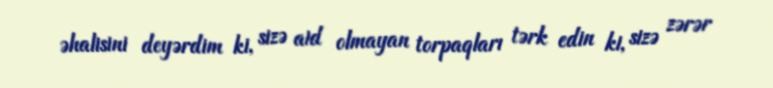
əhalisini deyərdim ki, sizə aid olmayan torpaqları tərk edin ki, sizə zərər